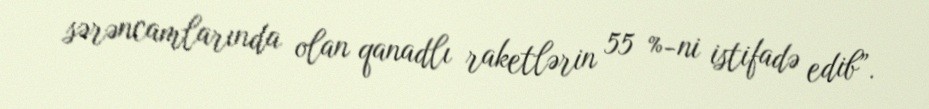
sərəncamlarında olan qanadlı raketlərin 55 %-ni istifadə edib”.